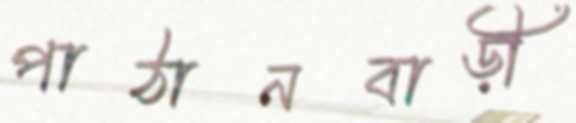
পাঠানবাড়ী